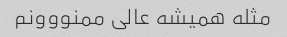
مثله همیشه عالی ممنووونم